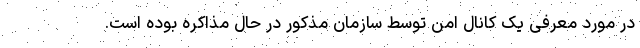
در مورد معرفی یک کانال امن توسط سازمان مذکور در حال مذاکره بوده است.